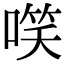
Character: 㗛